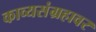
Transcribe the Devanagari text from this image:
काव्यसंग्रहावर